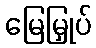
မြေမြှုပ်